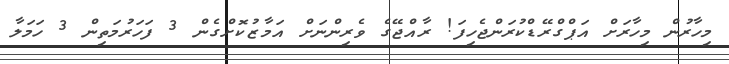
މިހާރުން މިހާރަށް އަޕްގްރޭޑްކުރަންޖެހިފަ! ރާއްޖޭގެ ވެރިންނަށް އަމާޒުކޮށްގެން 3 ފަހަރުމަތިން 3 ހަމަލާ